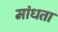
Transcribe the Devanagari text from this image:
मांधता